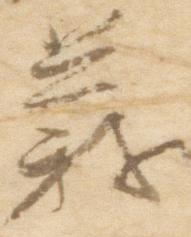
義